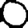
Digit: 0